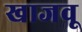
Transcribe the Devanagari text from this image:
खाजवू